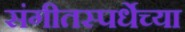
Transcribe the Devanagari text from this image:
संगीतस्पर्धेच्या